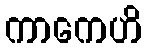
ကာကေဟိ